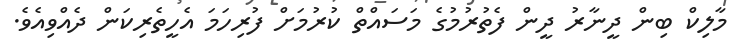
މާލިކް ބިން ދީނާރު ދީން ފެތުރުމުގެ މަސައްތް ކުރުމަށް ފުރިހަމަ އެހީތެރިކަން ދެއްވިއެވެ.